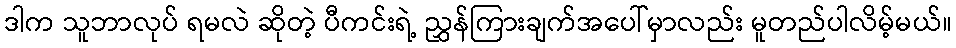
ဒါက သူဘာလုပ် ရမလဲ ဆိုတဲ့ ပီကင်းရဲ့ ညွှန်ကြားချက်အပေါ်မှာလည်း မူတည်ပါလိမ့်မယ်။